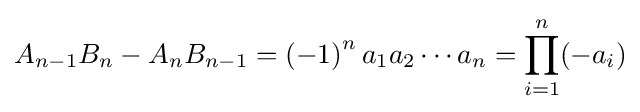
A_{n-1}B_{n}-A_{n}B_{n-1}=\left(-1\right)^{n}a_{1}a_{2}\cdots a_{n}=\prod _{i=1}^{n}(-a_{i})